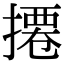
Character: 𢳍